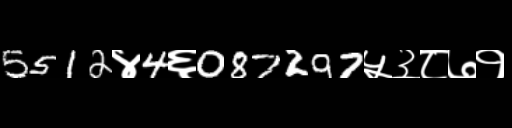
Text: 5512४4६087297५३८७१